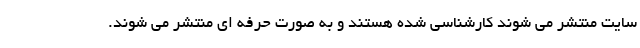
سایت منتشر می شوند کارشناسی شده هستند و به صورت حرفه ای منتشر می شوند.